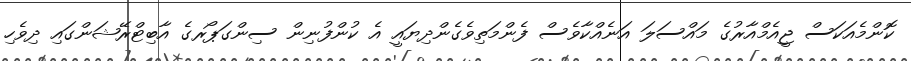
ކޮންމެއަކަސް ޖީއެމްއާރުގެ މައްސަލަ އަނެއްކާވެސް ފެންމަތިވެގެންދިޔައީ އެ ކުންފުނިން ސިންގަޕޯރގެ އާބިޓްރޭޝަންގައި ދިވެހި